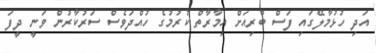
އަދި ހުޅުމާލޭގައި ފަސް ބުރިއަށް އިމާރާތް ކުރުމުގެ ހުއްދަވެސް ސަރުކާރުން ވަނީ ދީފަ